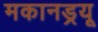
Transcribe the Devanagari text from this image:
मकानड्रयू